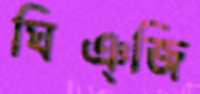
ঘিঞ্জি